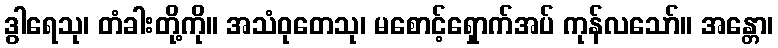
ဒွါရေသု၊ တံခါးတို့ကို။ အသံဝုတေသု၊ မစောင့်ရှောက်အပ် ကုန်လသော်။ အန္တော၊